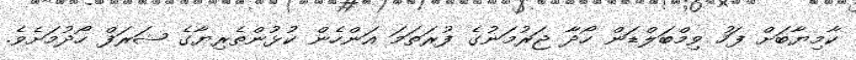
ކާމިޔާބަށް ފަހު ވިމްބަލްޑަން ހޯދާ ޖަރުމަނުގެ ފުރަތަމަ އަންހެން ކުޅުންތެރިޔާގެ ޝަރަފް ހޯދުމަށެވެ.